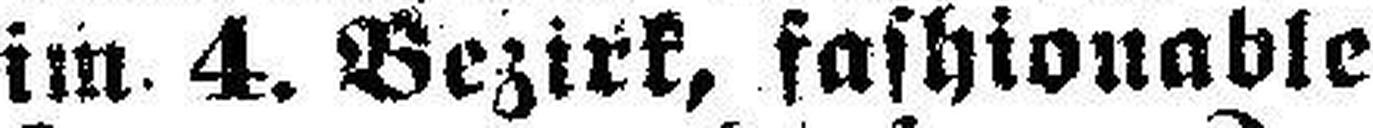
im 4. Bezirk, fashionable